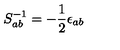
S _ { a b } ^ { - 1 } = - \frac { 1 } { 2 } \epsilon _ { a b }